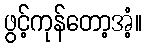
ဖွင့်ကုန်တော့အံ့။